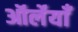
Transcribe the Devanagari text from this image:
ऑर्लेयाँ